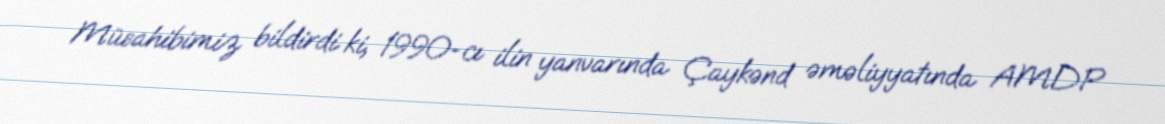
Müsahibimiz bildirdi ki, 1990-cı ilin yanvarında Çaykənd əməliyyatında AMDP